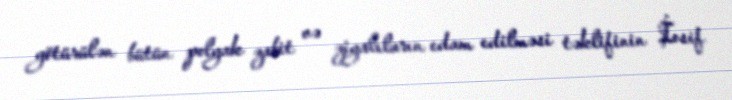
götürülən bütün polyak zabit və ziyalıların edam edilməsi təklifinin İosif